Indian journal of veterinary science and animal husbandry - Volumes 15-17, 1948-1951
Year: 1948
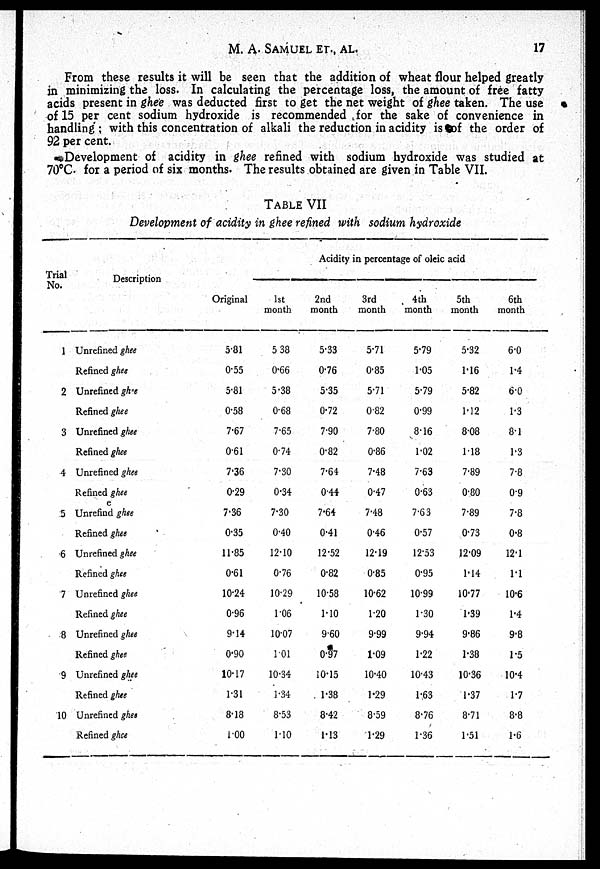
M. A.
SAMUEL
ET.,
AL.
17
From these results it will be seen that the addition of wheat flour helped greatly
in minimizing the loss. In calculating the percentage loss, the amount of free fatty
acids present in ghee was deducted first to get the net weight of ghee taken. The use
of 15 per cent sodium hydroxide is recommended for the sake of convenience in
handling; with this concentration of alkali the reduction in acidity is of the order of
92 per cent.
Development of acidity in ghee refined with sodium hydroxide was studied at
70°C. for a period of six months. The results obtained are given in Table VII.
TABLE VII
Development of acidity in ghee refined with sodium hydroxide
Trial
No.
1
2
3
4
5
6
7
8
9
10
Description
Unrefined ghee
Refined ghee
Unrefined ghee
Refined ghee
Unrefined ghee
Refined ghee
Unrefined ghee
Refined ghee
Unrefind ghee
Refined ghee
Unrefined ghee
Refined ghee
Unrefined ghee
Refined ghee
Unrefined ghee
Refined ghee
Unrefined ghee
Refined ghee
Unrefined ghee
Refined ghee
Original
5.81
0.55
5.81
0.58
7.67
0.61
7.36
0.29
7.36
0.35
11.85
0.61
10.24
0.96
9.14
0.90
10.17
1.31
8.18
1.00
Acidity in percentage of oleic acid
1st
month
5.38
0.66
5.38
0.68
7.65
0.74
7.30
0.34
7.30
0.40
12.10
0.76
10.29
1.06
10.07
101
10.34
1.34
8.53
1.10
2nd
month
5.33
0.76
5.35
0.72
7.90
0.82
7.64
044
7.64
0.41
12.52
0.82
10.58
1.10
9.60
0.97
10.15
1.38
8.42
1.13
3rd
month
5.71
0.85
5.71
0.82
7.80
0.86
7.48
0.47
7.48
0.46
12.19
0.85
10.62
1.20
9.99
1.09
10.40
1.29
8.59
1.29
4th
month
5.79
1.05
5.79
0.99
8.16
1.02
7.63
0.63
7.63
0.57
12.53
0.95
10.99
1.30
9.94
1.22
10.43
1.63
8.76
1.36
5th
month
5.32
1.16
5.82
1.12
8.08
1.18
7.89
0.80
7.89
0.73
12.09
1.14
10.77
1.39
9.86
1.38
10.36
1.37
8.71
1.51
6th
month
6.0
1.4
6.0
1.3
8.1
1.3
7.8
0.9
7.8
0.8
12.1
1.1
10.6
1.4
9.8
1.5
10.4
1.7
8.8
1.6